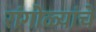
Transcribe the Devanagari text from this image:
रांगोळ्यांचे